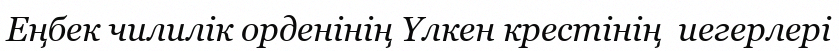
Еңбек чилилік орденінің Үлкен крестінің  иегерлері